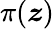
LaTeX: \pi(\boldsymbol{z})